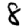
Digit: 8